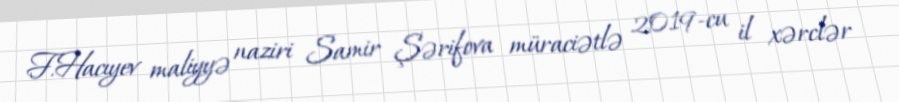
F.Hacıyev maliyyə naziri Samir Şərifova müraciətlə 2019-cu il xərclər